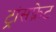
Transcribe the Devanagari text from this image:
ट्रांसफ़्रेट